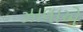
ઝાલાએ